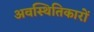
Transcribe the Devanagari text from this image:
अवस्थितिकारों